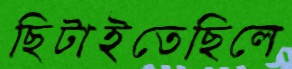
ছিটাইতেছিলে